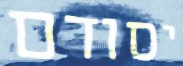
יסודם